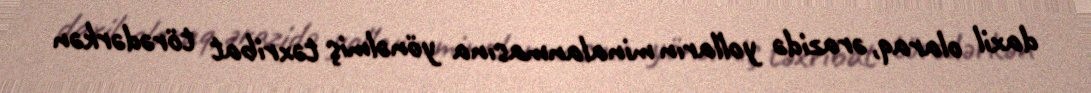
daxil olaraq, ərazidə yolların minalanmasına yönəlmiş təxribat törədərkən